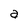
Character: a